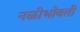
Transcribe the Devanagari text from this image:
नळीभोवती